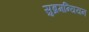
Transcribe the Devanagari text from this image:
सुब्रमन्यियन